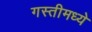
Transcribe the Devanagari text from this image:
गस्तीमध्ये